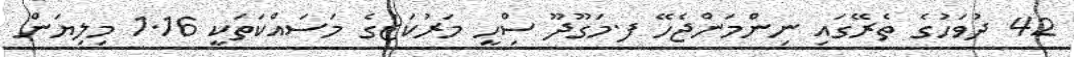
42 ދުވަހުގެ ތެރޭގައި ނިންމަންޖެހޭ ފ.މަގޫދޫ ސިްހީ މަރުކަޒުގެ މަސައްކަތަކީ 1.16 މިލިޔަން